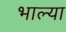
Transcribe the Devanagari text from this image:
भाल्या